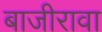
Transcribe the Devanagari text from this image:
बाजीरावा